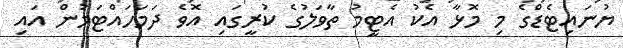
ޔުނައިޓެޑްގެ މި މޮޅާ އެކު އެޓީމު ތާވަލުގެ ކުރީގައި އޮވެ ދަމަހައްޓަމުން އައި